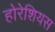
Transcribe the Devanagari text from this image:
होरेशियस